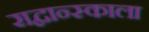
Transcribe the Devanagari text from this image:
राद्वान्स्काला